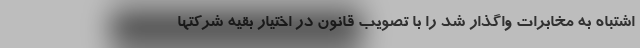
اشتباه به مخابرات واگذار شد را با تصویب قانون در اختیار بقیه شرکتها